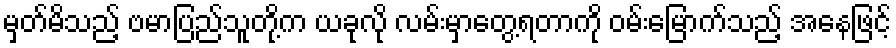
မှတ်မိသည့် ဗမာပြည်သူတို့က ယခုလို လမ်းမှာတွေ့ရတာကို ဝမ်းမြောက်သည့် အနေဖြင့်